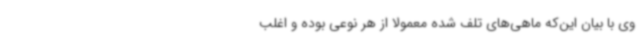
وی با بیان این‌که ماهی‌های تلف شده معمولا از هر نوعی بوده و اغلب